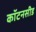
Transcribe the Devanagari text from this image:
कॉटनसीड